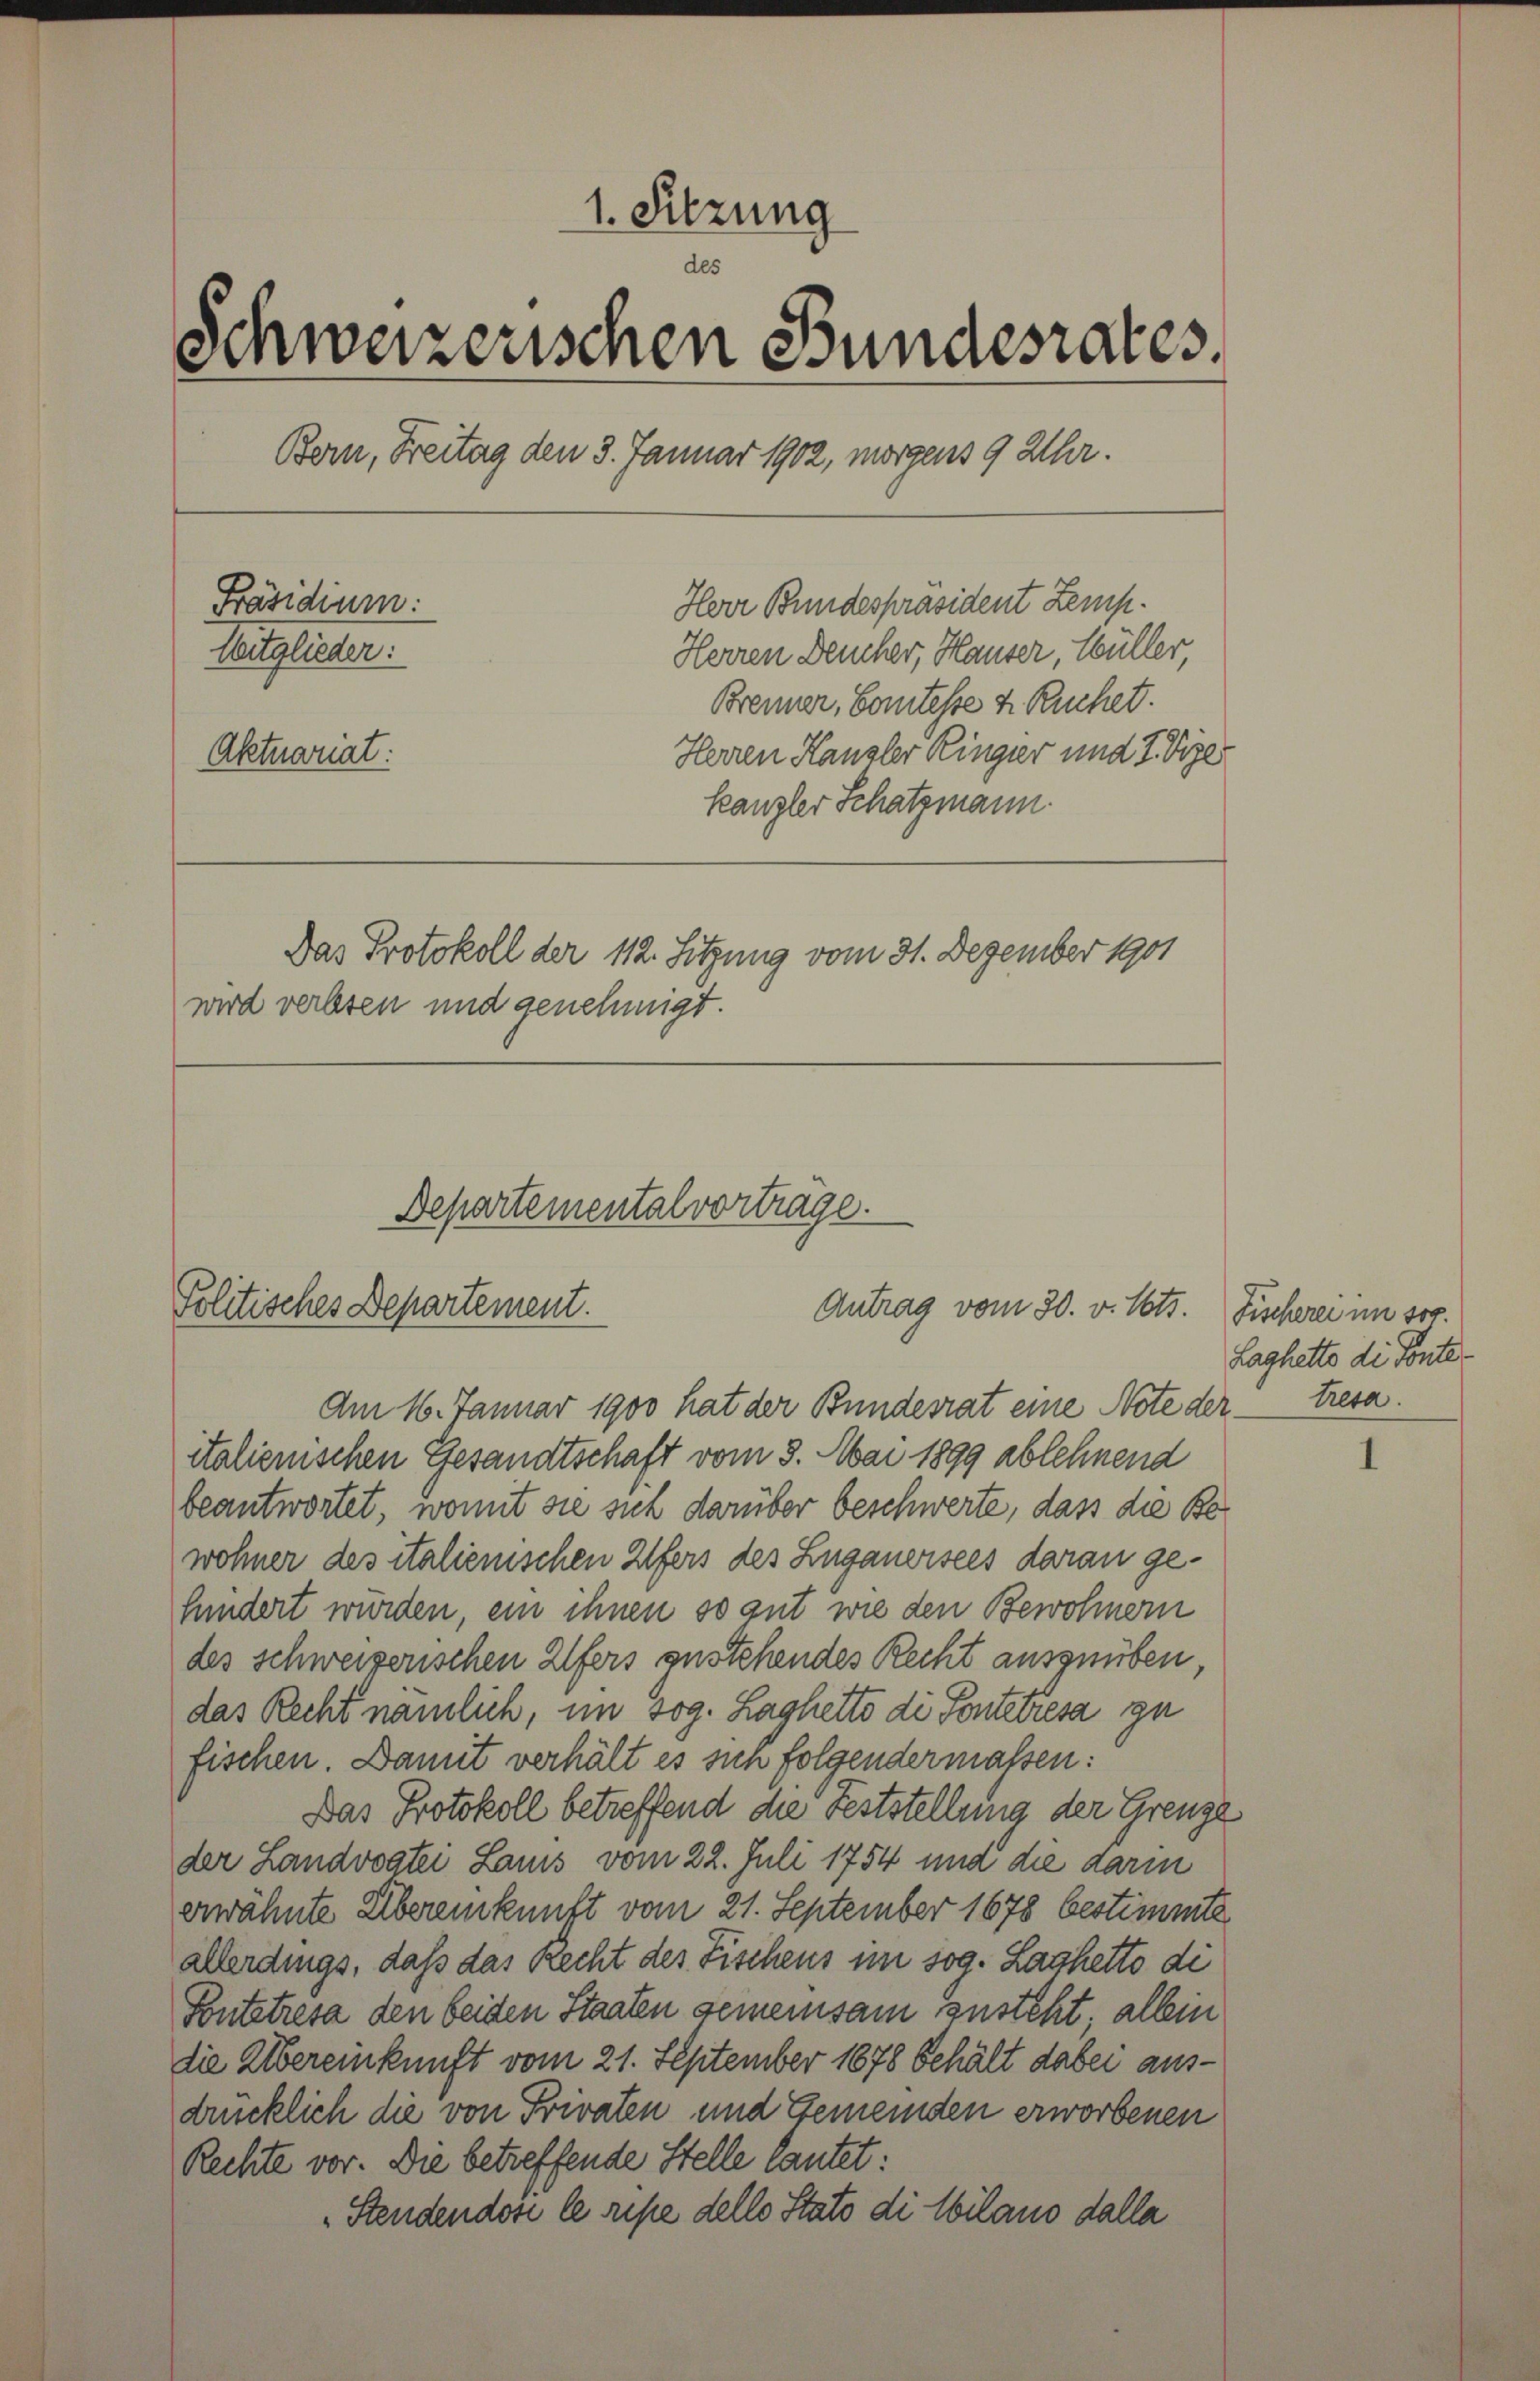
1. Sitzung
des
Schweizerischen Bundesrates.
Bern, Freitag den 3. Januar 1902, morgens 9 Uhr.
Präsidium:
Herr Bundespräsident Zemp.
Mitglieder:
Herren Deucher, Hauser, Müller,
Brenner, Comtesse u. Ruchet.
Aktuariat:
Herren Kanzler Ringer und T. Vizer
kanzler Schatzmann.
Das Protokoll der 112. Sitzung vom 31. Dezember 1901
wird verlesen und genehmigt.

Antrag vom 30. v. Mts.
Am 16. Januar 1900 hat der Bundesrat eine Note der tresa.
italienischen Gesandtschaft vom 3. Mai 1899 ablehnend

Departemental vorträge.
Politisches Departement.

beantwortet, womit sie sich darüber beschwerte, dass die Bewohner des italienischen Ufers des Zuganersees daran gehundert würden, ein ihnen so gut wie den Bewohnern
des schweizerischen Ufers gestehendes Recht auszuüben,
das Recht nämlich, im sog. Laghetto di Ponteresa zu
fischen. Damit verhält es sich folgendermaßen:
Das Protokoll betreffend die Feststellung der Grenze
der Landvogtei Lauis vom 22. Juli 1754 und die darin
erwähnte Übereinkunft vom 21. September 1878 bestimmte
allerdings, daß das Recht des Fischens im sog. Laghetto di
Pontetresa den beiden Staaten gemeinsam zusteht, allein
die Übereinkunft vom 21. September 1878 behält dabei ausdrücklich die von Privaten und Gemeinden erworbenen
Rechte vor. Die betreffende Stelle lautet:
Stendendose le ripe dello Stato di Ebilano dalla

Fischerei im sog.
Laghette di Ponte